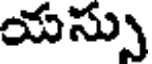
యస్సు